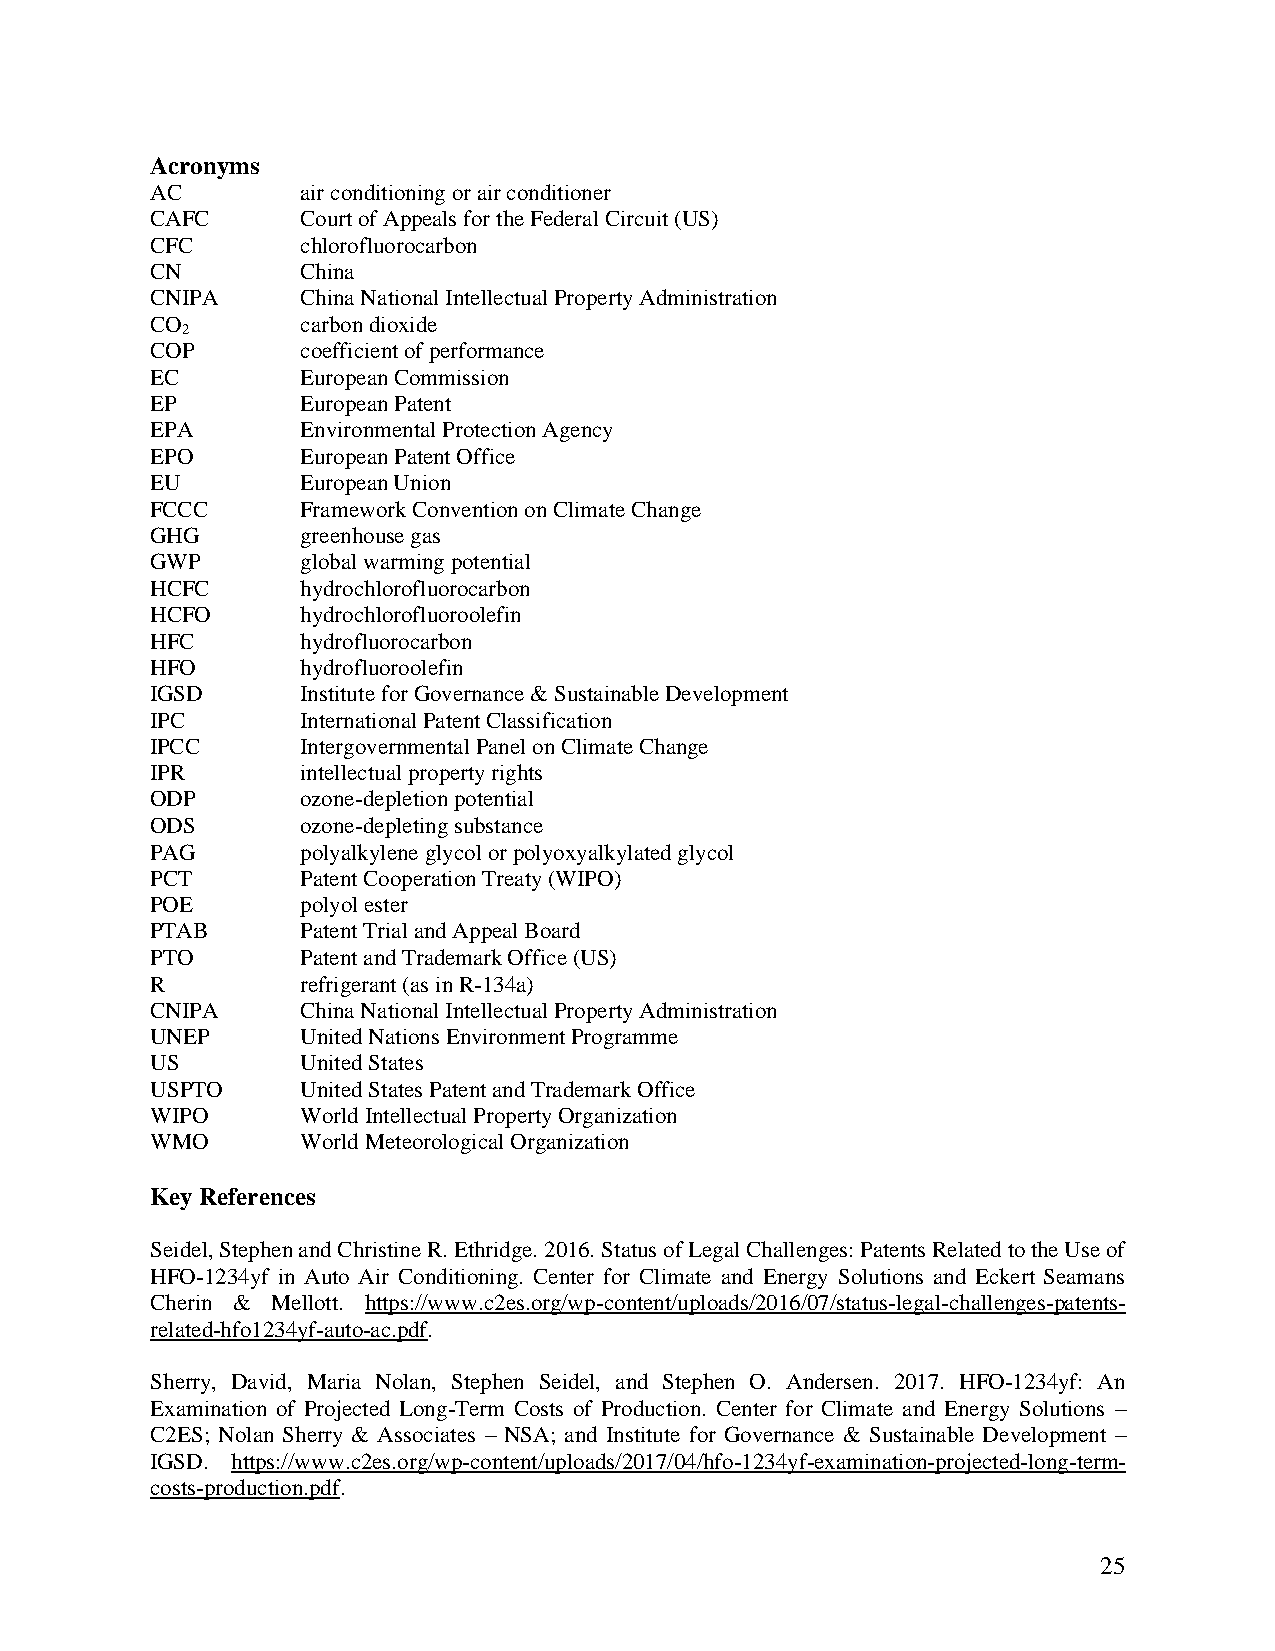
Acronyms
 AC        air conditioning or air conditioner
 CAFC      Court of Appeals for the Federal Circuit (US)
 CFC       chlorofluorocarbon
 CN        China
 CNIPA     China National Intellectual Property Administration
 CO        carbon dioxide
 2
 COP       coefficient of performance
 EC        European Commission
 EP        European Patent
 EPA       Environmental Protection Agency
 EPO       European Patent Office
 EU        European Union
 FCCC      Framework Convention on Climate Change
 GHG       greenhouse gas
 GWP       global warming potential
 HCFC      hydrochlorofluorocarbon
 HCFO      hydrochlorofluoroolefin
 HFC       hydrofluorocarbon
 HFO       hydrofluoroolefin
 IGSD      Institute for Governance & Sustainable Development
 IPC       International Patent Classification
 IPCC      Intergovernmental Panel on Climate Change
 IPR       intellectual property rights
 ODP       ozone-depletion potential
 ODS       ozone-depleting substance
 PAG       polyalkylene glycol or polyoxyalkylated glycol
 PCT       Patent Cooperation Treaty (WIPO)
 POE       polyol ester
 PTAB      Patent Trial and Appeal Board
 PTO       Patent and Trademark Office (US)
 R         refrigerant (as in R-134a)
 CNIPA     China National Intellectual Property Administration
 UNEP      United Nations Environment Programme
 US        United States
 USPTO     United States Patent and Trademark Office
 WIPO      World Intellectual Property Organization
 WMO       World Meteorological Organization
 Key References
 Seidel, Stephen and Christine R. Ethridge. 2016. Status of Legal Challenges: Patents Related to the Use of
 HFO-1234yf in Auto Air Conditioning. Center for Climate and Energy Solutions and Eckert Seamans
 Cherin & Mellott. https://www.c2es.org/wp-content/uploads/2016/07/status-legal-challenges-patents-
 related-hfo1234yf-auto-ac.pdf.
 Sherry, David, Maria Nolan, Stephen Seidel, and Stephen O. Andersen. 2017. HFO-1234yf: An
 Examination of Projected Long-Term Costs of Production. Center for Climate and Energy Solutions –
 C2ES; Nolan Sherry & Associates – NSA; and Institute for Governance & Sustainable Development –
 IGSD. https://www.c2es.org/wp-content/uploads/2017/04/hfo-1234yf-examination-projected-long-term-
 costs-production.pdf.
 25